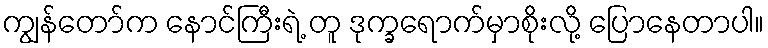
ကျွန်တော်က နောင်ကြီးရဲ့ တူ ဒုက္ခရောက်မှာစိုးလို့ ပြောနေတာပါ။